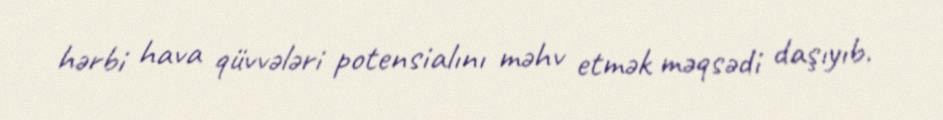
hərbi hava qüvvələri potensialını məhv etmək məqsədi daşıyıb.